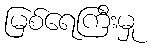
မြစ်ရေကြီးမှု